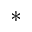
^ *